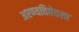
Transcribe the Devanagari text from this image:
अरण्यविद्येतला